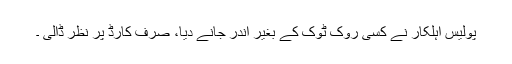
پولیس اہلکار نے کسی روک ٹوک کے بغیر اندر جانے دیا، صرف کارڈ پر نظر ڈالی ۔